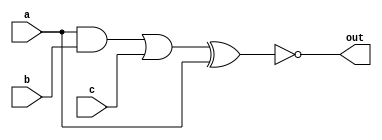
module complex_logic_gate (
    input wire a,
    input wire b,
    input wire c,
    output wire out
);

wire w1, w2, w3;

// First logic block: AND gate
assign w1 = a & b;

// Second logic block: OR gate
assign w2 = w1 | c;

// Third logic block: XOR gate
assign w3 = w2 ^ a;

// Final logic block: NOT gate
assign out = ~w3;

endmodule